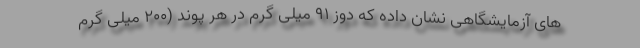
های آزمایشگاهی نشان داده که دوز 91 میلی گرم در هر پوند (200 میلی گرم